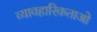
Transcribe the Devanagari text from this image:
व्यावहारिकताओ